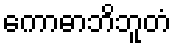
ကောဓာဘိဘူတံ